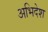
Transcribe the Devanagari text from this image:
अभिदेश